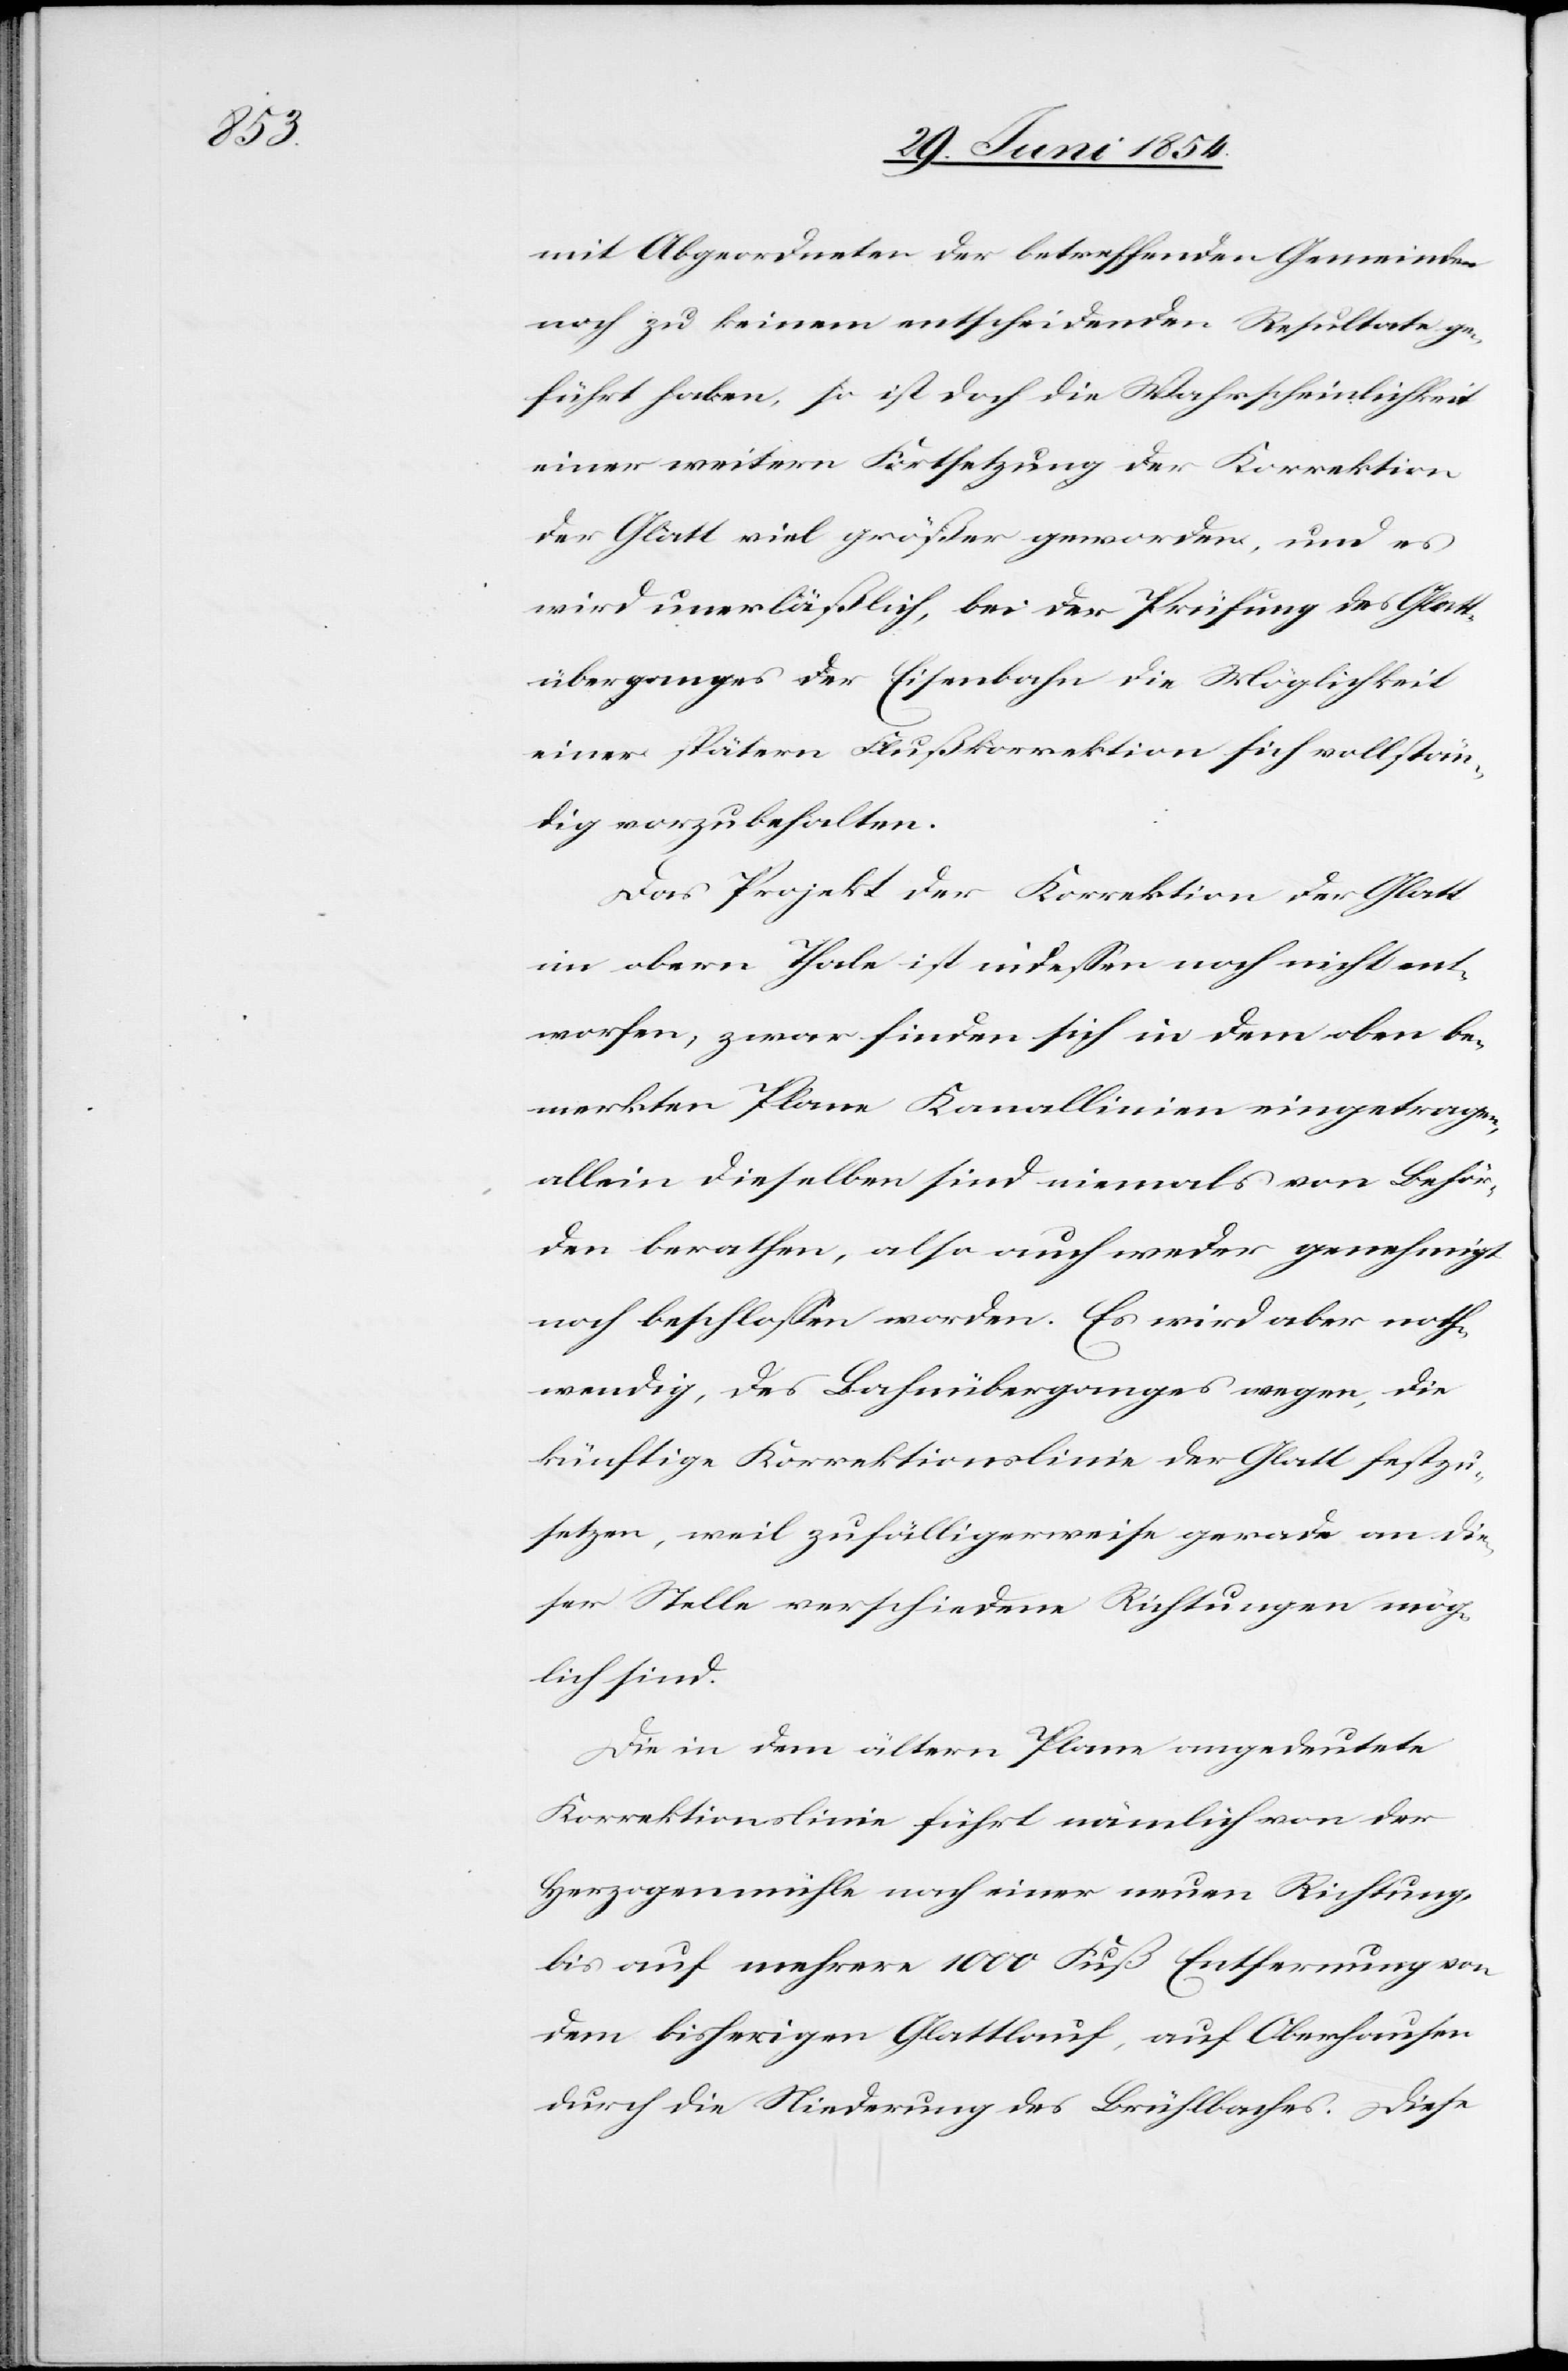
mit Abgeordneten der betreffenden Gemeinden
noch zu keinem entscheidenden Resultat ge¬
führt haben, so ist doch die Wahrscheinlichkeit
einer weitern Fortsetzung der Korrektion
der Glatt viel größer geworden, und es
wird unerläßlich, bei der Prüfung des Glatt¬
überganges der Eisenbahn die Möglichkeit
einer spätern Flußkorrektion sich vollstän¬
dig vorzubehalten.
Das Projekt der Korrektion der Glatt
im obern Thale ist indeßen noch nicht ent¬
worfen; zwar finden sich in dem oben be¬
merkten Plane Kanallinien eingetragen,
allein dieselben sind niemals von Behör¬
den berathen, also auch weder genehmigt
noch beschloßen worden. Es wird aber noth¬
wendig, des Bahnüberganges wegen, die
künftige Korrektionslinie der Glatt festzu¬
setzen, weil zufälligerweise gerade an die¬
ser Stelle verschiedene Richtungen mög¬
lich sind.
Die in dem ältern Plane angedeutete
Korrektionslinie führt nämlich von der
Herzogenmühle nach einer neuen Richtung,
bis auf mehrere 100 Fuß Entfernung von
dem bisherigen Glattlauf, auf Oberhausen
durch die Niederung des Brühlbaches. Diese